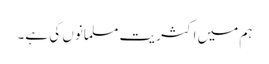
ہم میں اکثریت مسلمانوں کی ہے۔